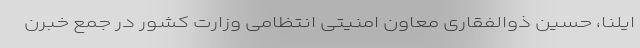
ایلنا، حسین ذوالفقاری معاون امنیتی انتظامی وزارت کشور در جمع خبرن